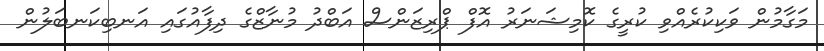
މަގާމުން ވަކިކުރެއްވި ކުރީގެ ކޮމިޝަނަރު އޮފް ޕްރިޒަންސް އަބްދު މުނާޒްގެ ދިފާއުގައި އަނބިކަނބަލުން